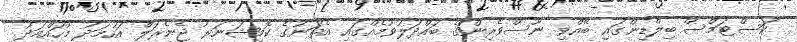
ކަސްޓަމްސް ބިލްޑިންގައި ބޭއްވި ނޫސްވެރިންގެ ބައްދަލުވުމެއްގައި އެތަނުގެ ކޮމިޝަނަރު ޖެނެރަލް އަހުމަދު މުހައްމަދު